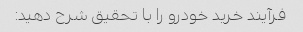
فرآیند خرید خودرو را با تحقیق شرح دهید: